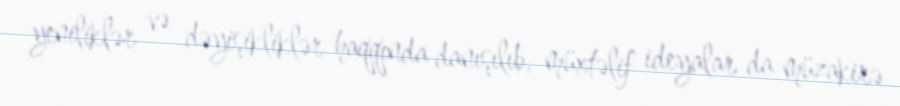
yeniliklər və dəyişikliklər haqqında danışılıb, müxtəlif ideyalar da müzakirə